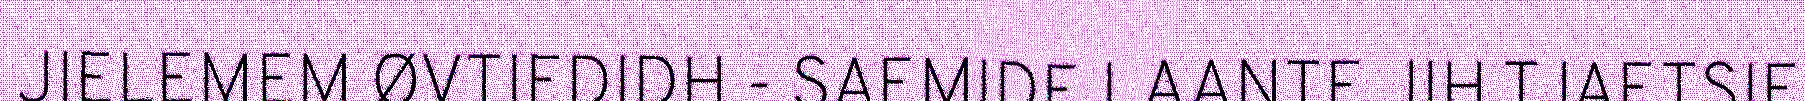
JIELEMEM ØVTIEDIDH - SAEMIDE LAANTE JIH TJAETSIE